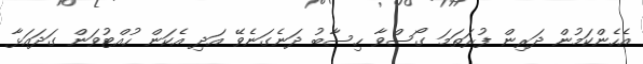
އެހެންކަމުން ދަރިން ފުރަތަމަ ގޯސްވާ ހިސާބު ދަނެގަނެވޭ އަދި އެކަން ހުއްޓުވަން ގަދައަޅާ